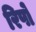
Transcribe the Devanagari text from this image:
रिपो